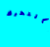
بالتحرك